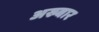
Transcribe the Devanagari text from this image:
अख्बार